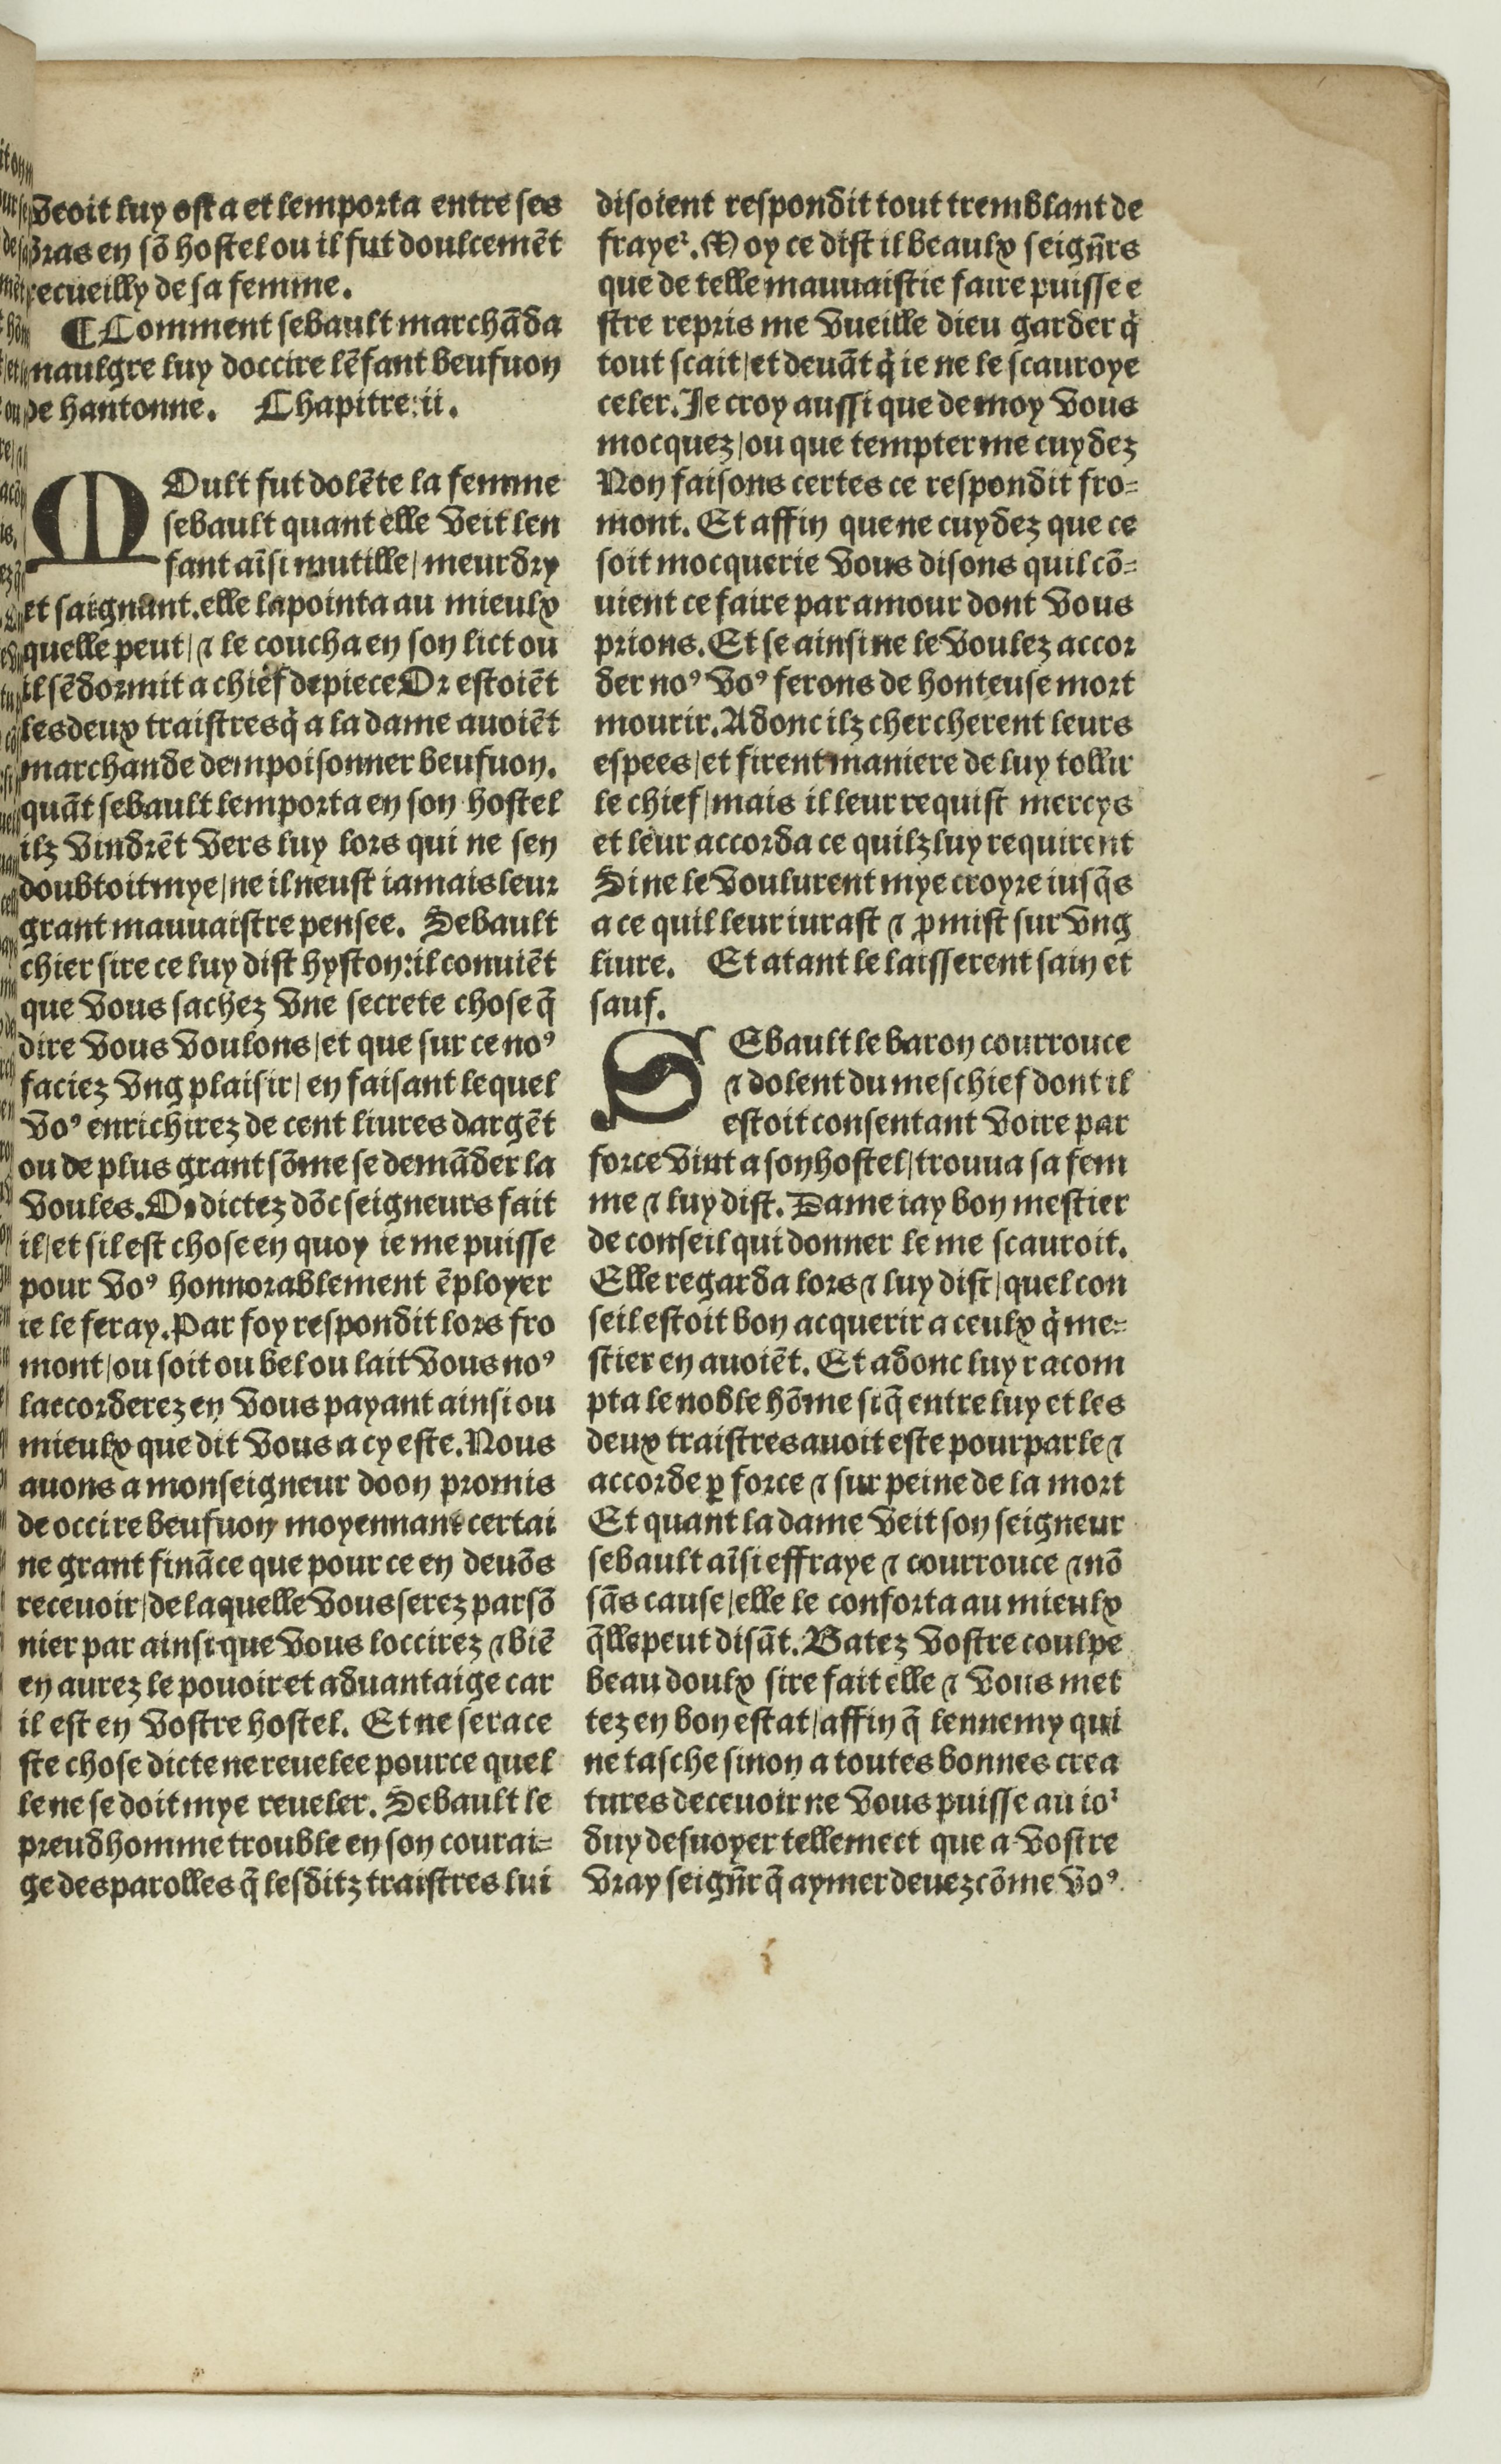
Shelfmark: Paris, BnF, Rés. Y2-674
Century: 16